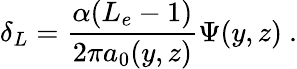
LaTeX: \delta_{L}=\frac{\alpha(L_{e}-1)}{2\pi a_{0}(y,z)}\Psi(y,z)\ .